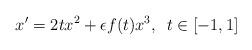
LaTeX: \begin{align*}x'=2tx^2 + \epsilon f(t)x^3, \,\,\, t \in [-1,1]\end{align*}